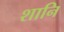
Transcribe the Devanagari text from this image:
शानि